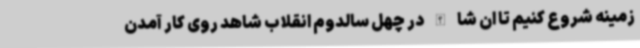
زمینه شروع کنیم تا ان شا الله در چهل سالدوم انقلاب شاهد روی کار آمدن